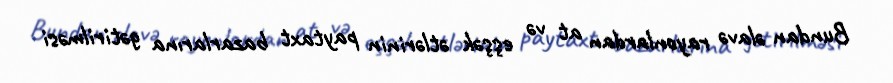
Bundan əlavə rayonlardan at və eşşək ətlərinin paytaxt bazarlarına gətirilməsi